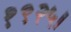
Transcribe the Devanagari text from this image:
१९२५।